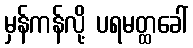
မှန်ကန်လို့ ပရမတ္ထခေါ်